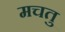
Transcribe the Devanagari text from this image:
मचतु